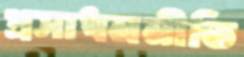
প্রসাধননীতি